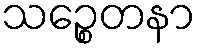
သဉ္စေတနာ